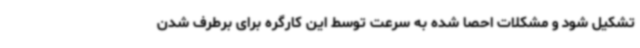
تشکیل شود و مشکلات احصا شده به سرعت توسط این کارگره برای برطرف شدن